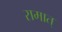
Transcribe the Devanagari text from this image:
रामात्